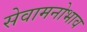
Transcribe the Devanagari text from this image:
सेवामनोभाव